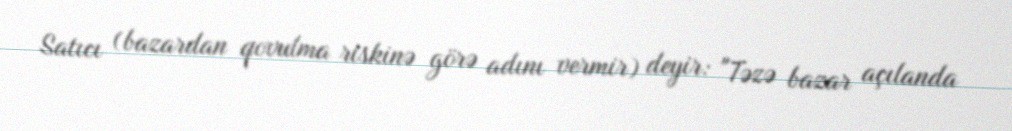
Satıcı (bazardan qovulma riskinə görə adını vermir) deyir: "Təzə bazar açılanda